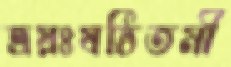
ত্রয়ঃষষ্ঠিতমী